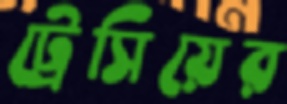
ট্রেসিয়ের